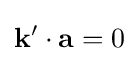
\mathbf {k} '\cdot \mathbf {a} =0